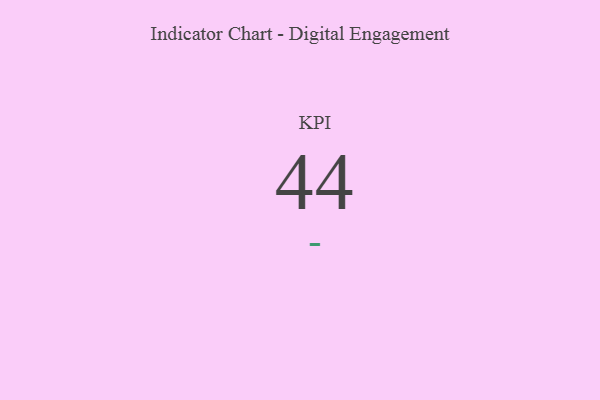
{"axis": {"x": "KPI", "y": "Value"}, "legend": [""], "data": [{"x": "KPI", "y": 44, "type": ""}]}